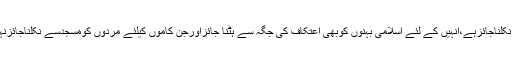
یعنی جن ضَروریات کی وجہ سے اِسلامی بھائیوں کو مسجِد سے نکلناجائزہے،اِنہیں کے لئے اِسلامی بہنوں کوبھی اِعتِکاف کی جگہ سے ہٹنا جائِزاورجن کاموں کیلئے مَردوں کومسجِدسے نِکلناجائِزنہیں،اِن کیلئے اِسلامی بہنوں کو بھی اپنی جگہ سے ہٹنا جائِز نہیں ۔